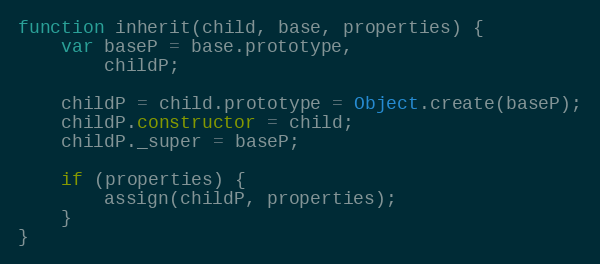
Language: JavaScript
function inherit(child, base, properties) {
    var baseP = base.prototype,
        childP;

    childP = child.prototype = Object.create(baseP);
    childP.constructor = child;
    childP._super = baseP;

    if (properties) {
        assign(childP, properties);
    }
}